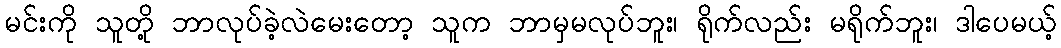
မင်းကို သူတို့ ဘာလုပ်ခဲ့လဲမေးတော့ သူက ဘာမှမလုပ်ဘူး၊ ရိုက်လည်း မရိုက်ဘူး၊ ဒါပေမယ့်